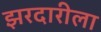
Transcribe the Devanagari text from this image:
झरदारीला